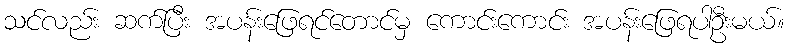
သင်လည်း ဆက်ပြီး အပန်းဖြေရင်တောင်မှ ကောင်းကောင်း အပန်းဖြေရပါဦးမယ်။